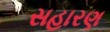
સહારણ